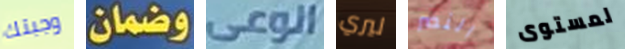
وجبتك وضمان الوعى ليري النصر لمستوى